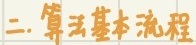
二. 算法基本流程